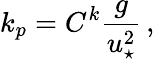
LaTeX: k_{p}=C^{k}\frac{g}{u_{\star}^{2}}\, ,